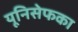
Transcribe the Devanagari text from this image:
यूनिसेफका